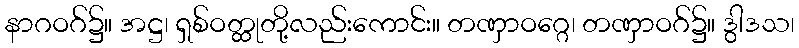
နာဂဝဂ်၌။ အဋ္ဌ၊ ရှစ်ဝတ္ထုတို့လည်းကောင်း။ တဏှာဝဂ္ဂေ၊ တဏှာဝဂ်၌။ ဒွါဒသ၊